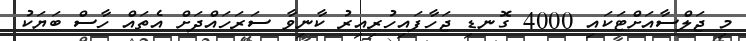
މި ޖަލްސާއަށްޓަކައި 4000 ގޮނޑި ޖަހާފައިހުރިއިރު ކާނިވާ ސަރަހައްދަށް އެތައް ހާސް ބަޔަކު